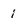
Character: i